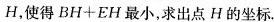
H，使得$$B H + E H$$最小，求出点H的坐标.